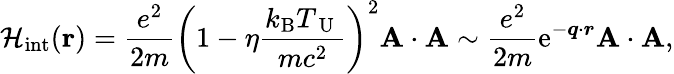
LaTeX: {\cal H}_{\mathrm{int}}({\mathbf r})=\frac{e^{2}}{2m}\left(1-\eta\frac{k_{\mathrm{B}}T_{\mathrm{~U~}}}{mc^{2}}\right)^{2}{\mathbf A}\cdot{\mathbf A}\sim\frac{e^{2}}{2m}\mathrm{e}^{-\mathbfit{q}\cdot\mathbfit{r}}{\mathbf A}\cdot{\mathbf A},